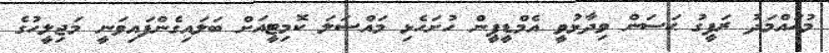
މުޙައްމަދު ރަފީގު ޙަސަން ވިދާޅުވީ އެމްޑީޕީން ހުށަހެޅި މައްސަލަ ކޮމިޓީއަށް ބަލައިގެންފައިވަނީ މަޖިލީހުގެ